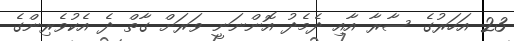
23 އަހަރުގެ ސާރާ އާއި ދެމެދު އޮންނަނީ ވަރަށް ގާތް ދެ އެކުވެރިންގެ